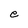
Character: e